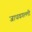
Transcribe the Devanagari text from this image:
जाधवगल्ली